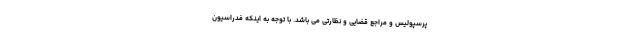
پرسپولیس و مراجع قضایی و نظارتی می باشد. با توجه به اینکه فدراسیون